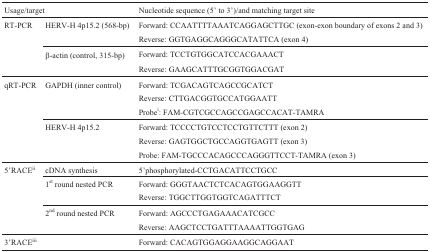
<table><thead><tr><td colspan="2"><b>Usage/target</b></td><td><b>Nucleotide sequence (5&#x27; to 3&#x27;)/and matching target site</b></td></tr></thead><tbody><tr><td> RT-PCR</td><td>HERV-H 4p15.2 (568-bp)</td><td>Forward: CCAATTTTAAATCAGGAGCTTGC (exon-exon boundary of exons 2 and 3)</td></tr><tr><td></td><td></td><td>Reverse: GGTGAGGCAGGGCATATTCA (exon 4)</td></tr><tr><td></td><td>β-actin (control, 315-bp)</td><td>Forward: TCCTGTGGCATCCACGAAACT</td></tr><tr><td></td><td></td><td>Reverse: GAAGCATTTGCGGTGGACGAT</td></tr><tr><td> qRT-PCR</td><td>GAPDH (inner control)</td><td>Forward: TCGACAGTCAGCCGCATCT</td></tr><tr><td></td><td></td><td>Reverse: CTTGACGGTGCCATGGAATT</td></tr><tr><td></td><td></td><td>Probe<sup>i</sup>: FAM-CGTCGCCAGCCGAGCCACAT-TAMRA</td></tr><tr><td></td><td>HERV-H 4p15.2</td><td>Forward: TCCCCTGTCCTCCTGTTCTTT (exon 2)</td></tr><tr><td></td><td></td><td>Reverse: GAGTGGCTGCCAGGTGAGTT (exon 3)</td></tr><tr><td></td><td></td><td>Probe: FAM-TGCCCACAGCCCAGGGTTCCT-TAMRA (exon 3)</td></tr><tr><td> 5&#x27;RACE<sup>ii</sup></td><td>cDNA synthesis</td><td>5&#x27;phosphorylated-CCTGACATTCCTGCC</td></tr><tr><td></td><td>1<sup>st</sup> round nested PCR</td><td>Forward: GGGTAACTCTCACAGTGGAAGGTT</td></tr><tr><td></td><td></td><td>Reverse: TGGCTTGGTGGTCAGATTTCT</td></tr><tr><td></td><td>2<sup>nd</sup> round nested PCR</td><td>Forward: AGCCCTGAGAAACATCGCC</td></tr><tr><td></td><td></td><td>Reverse: AAGCTCCTGATTTAAAATTGGTGAG</td></tr><tr><td> 3&#x27;RACE<sup>iii</sup></td><td></td><td>Forward: CACAGTGGAGGAAGGCAGGAAT</td></tr></tbody></table>